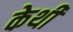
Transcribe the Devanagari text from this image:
केथी